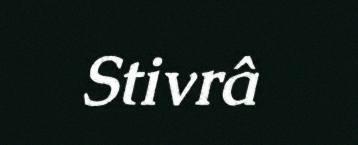
Stivrâ